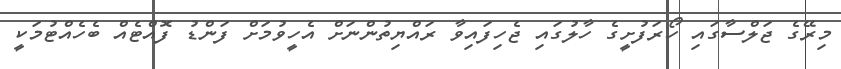
މިރޭގެ ޖަލްސާގައި ހޯރަފުށީގެ ހާލުގައި ޖެހިފައިވާ ރައްޔިތުންނަށް އެހީވުމަށް ފަންޑު ފޮއްޓެއް ބެހެއްޓުމަކީ